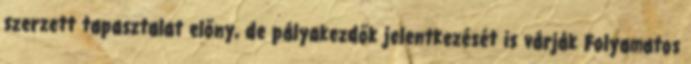
szerzett tapasztalat előny, de pályakezdők jelentkezését is várják Folyamatos